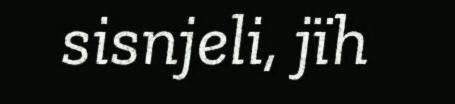
sisnjeli, jïh